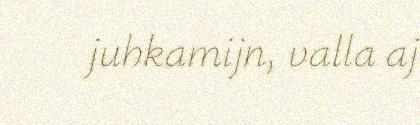
juhkamijn, valla aj